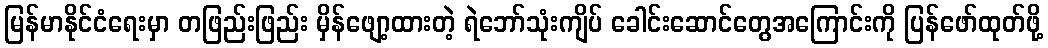
မြန်မာနိုင်ငံရေးမှာ တဖြည်းဖြည်း မှိန်ဖျော့ထားတဲ့ ရဲဘော်သုံးကျိပ် ခေါင်းဆောင်တွေအကြောင်းကို ပြန်ဖော်ထုတ်ဖို့